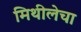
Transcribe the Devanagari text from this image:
मिथीलेचा